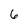
Character: 6